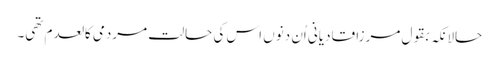
حالانکہ بقول مرزا قادیانی اُن دنوں اس کی حالت مردمی کالعدم تھی۔